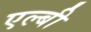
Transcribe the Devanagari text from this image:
एल्बी